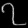
Digit: ၇